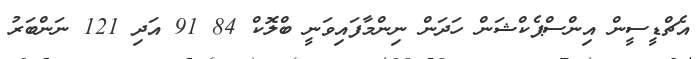
އެޗްޑީސީން އިންސްޕެކްޝަން ހަދަން ނިންމާފައިވަނީ ބްލޮކް 84 91 އަދި 121 ނަންބަރު